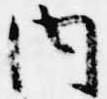
内